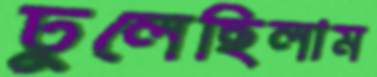
ঢুলেছিলাম